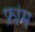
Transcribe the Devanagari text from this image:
फ्रांम